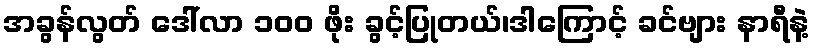
အခွန်လွတ် ဒေါ်လာ ၁၀၀ ဖိုး ခွင့်ပြုတယ်၊ဒါကြောင့် ခင်ဗျား နာရီနဲ့